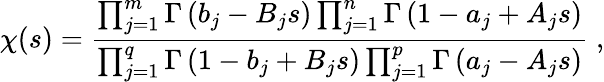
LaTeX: \chi(s)=\frac{\prod_{j=1}^{m}\Gamma\left(b_{j}-B_{j}s\right)\prod_{j=1}^{n}\Gamma\left(1-a_{j}+A_{j}s\right)}{\prod_{j=1}^{q}\Gamma\left(1-b_{j}+B_{j}s\right)\prod_{j=1}^{p}\Gamma\left(a_{j}-A_{j}s\right)}\; ,